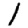
Digit: 1